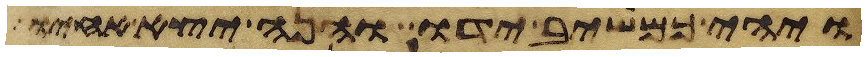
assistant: ויהי כמשיב ידו והנה יצא אחיו